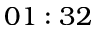
0 1 : 3 2